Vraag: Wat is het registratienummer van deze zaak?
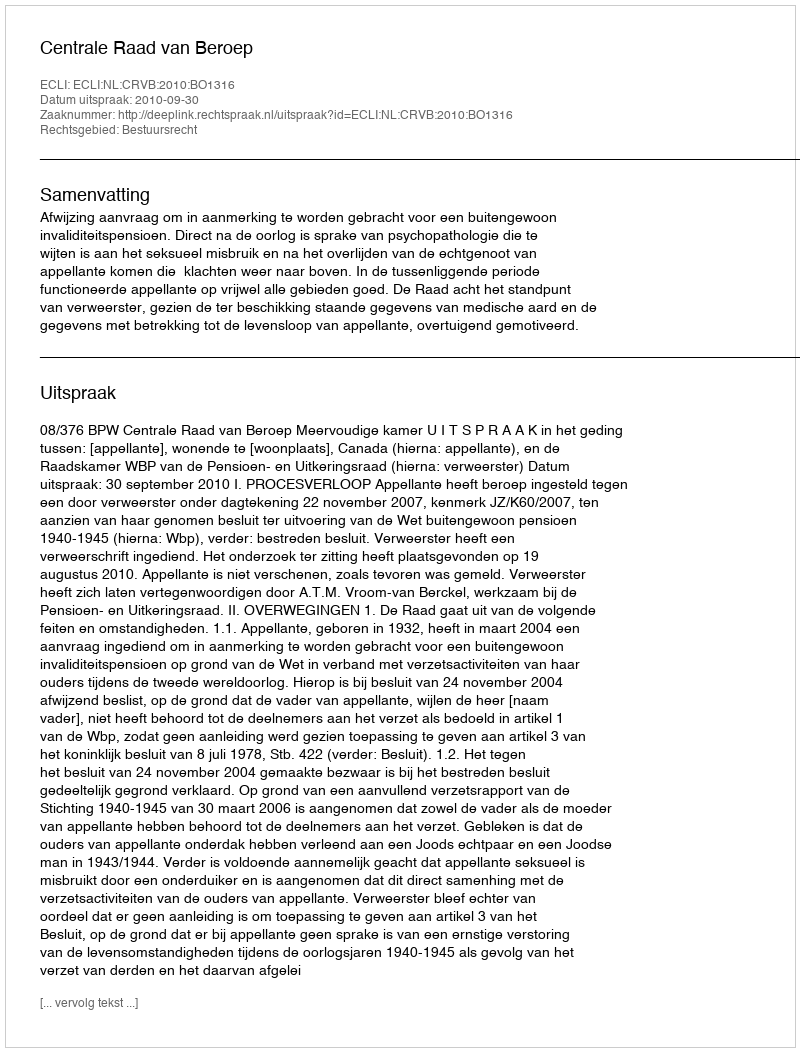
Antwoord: http://deeplink.rechtspraak.nl/uitspraak?id=ECLI:NL:CRVB:2010:BO1316